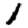
Digit: 1